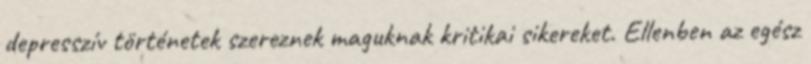
depresszív történetek szereznek maguknak kritikai sikereket. Ellenben az egész